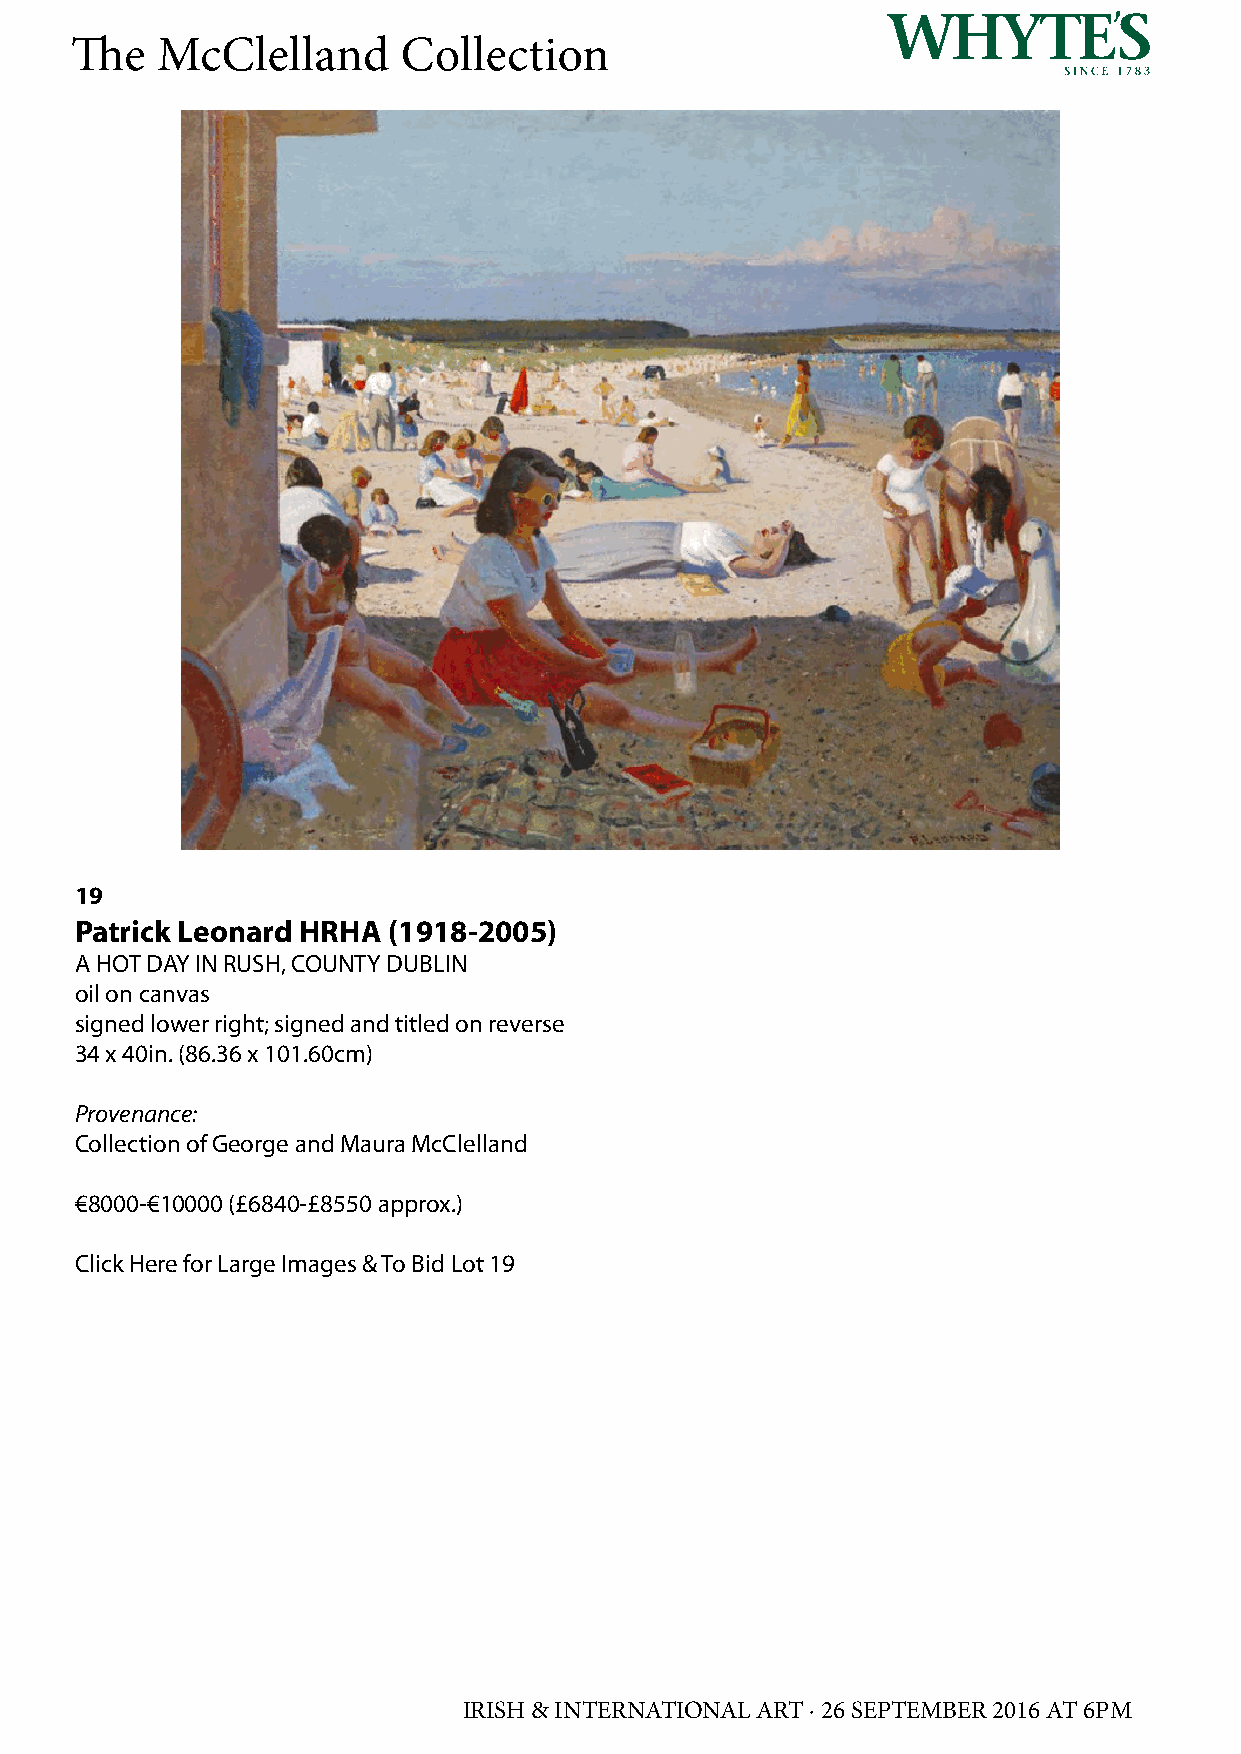
The  McClelland       Collection
 19
 Patrick Leonard HRHA (1918-2005)
 A HOT DAY IN RUSH, COUNTY DUBLIN
 oil on canvas
 signed lower right; signed and titled on reverse
 34 x 40in. (86.36 x 101.60cm)
 Provenance:
 Collection of George and Maura McClelland
 €8000-€10000 (£6840-£8550 approx.)
 Click Here for Large Images & To Bid Lot 19
 IRISH & INTERNATIONAL ART · 26 SEPTEMBER 2016 AT 6PM